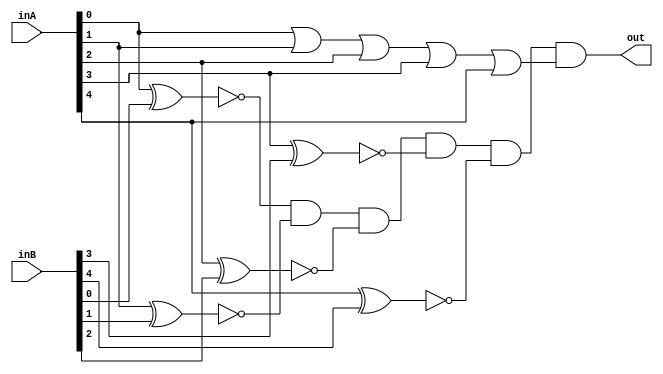
module isequal5(inA,inB, out);

	input [4:0] inA,inB;
	output out;
	wire w0,w1,w2,w3,w4;
	
	xnor x0(w0, inA[0], inB[0]);
	xnor x1(w1, inA[1], inB[1]);
	xnor x2(w2, inA[2], inB[2]);
	xnor x3(w3, inA[3], inB[3]);
	xnor x4(w4, inA[4], inB[4]);
	
	wire zero;
	
	nor checkifzero(zero, inA[0], inA[1], inA[2], inA[3], inA[4]);
	
	and a(out, w0,w1,w2,w3,w4,~zero);

endmodule